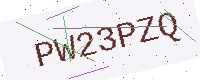
Text: PW23PZQ